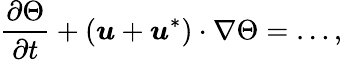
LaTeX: \frac{\partial\Theta}{\partial t}+(\boldsymbol{u}+\boldsymbol{u}^{*})\cdot\nabla\Theta=\ldots,